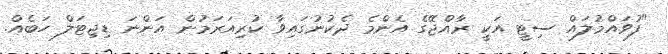
"ފުވައްމުލައް ސިޓީ އަކީ ރާއްޖޭގެ އެންމެ ދެކުނުގައިވާ ކުރިއަރަމުން އަންނަ ޑިޖިޓަލް ހަބެއް.